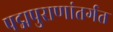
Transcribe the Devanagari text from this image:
पद्मपुराणांतर्गत